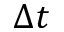
\Delta t